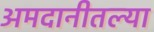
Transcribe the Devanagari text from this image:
अमदानीतल्या